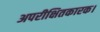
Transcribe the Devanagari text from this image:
अपरीक्षितकारक।